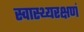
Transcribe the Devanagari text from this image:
स्वास्थ्यरक्षणं